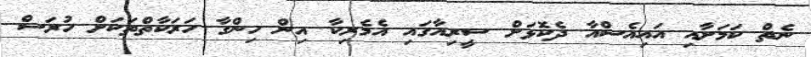
ނެތް ކަމަށާއި އައިއެސްއާ ދެކޮޅަށް ސީރިއާގައި އެމެރިކާ އިން ހިންގާ ހަރަކާތްތަކަށް ހުރަސް